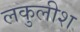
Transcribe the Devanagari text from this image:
लकुलीश